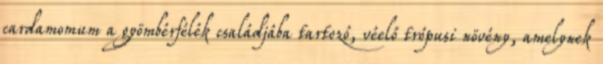
cardamomum a gyömbérfélék családjába tartozó, véelő trópusi növény, amelynek